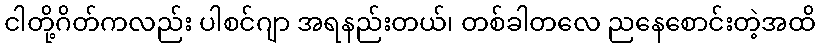
ငါတို့ဂိတ်ကလည်း ပါစင်ဂျာ အရနည်းတယ်၊ တစ်ခါတလေ ညနေစောင်းတဲ့အထိ